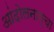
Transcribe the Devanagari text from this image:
आंदोलनाम्चा